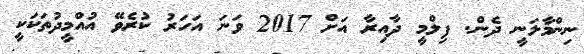
ނިންމާލަނީ ދެން. ފިލްމީ ދާއިރާ އަށް 2017 ވަނަ އަހަރު ކުރެވޭ އުއްމީދުތަކަކީ